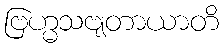
ဗြဟ္မသဗျတာယာတိ